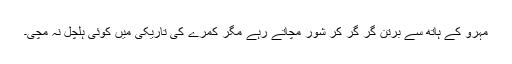
مہرو کے ہاتھ سے برتن گر گر کر شور مچاتے رہے مگر کمرے کی تاریکی میں کوئی ہلچل نہ مچی۔